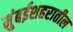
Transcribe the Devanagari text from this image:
मुंबईशहरातील